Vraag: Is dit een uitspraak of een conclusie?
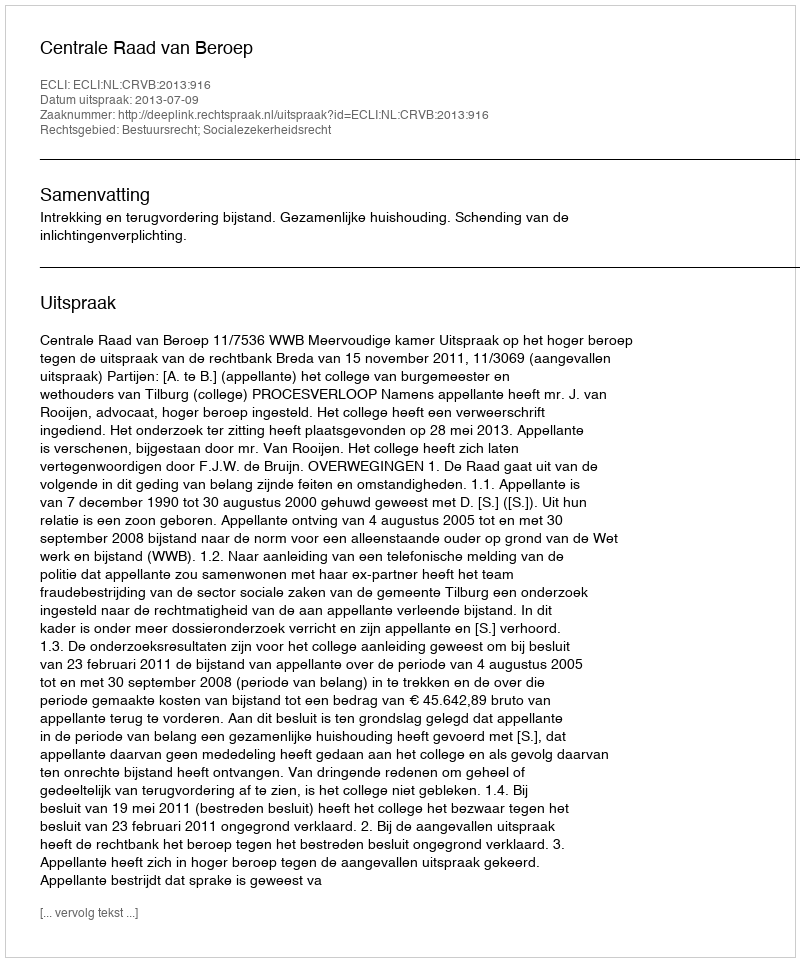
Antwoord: Uitspraak